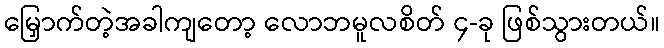
မြှောက်တဲ့အခါကျတော့ လောဘမူလစိတ် ၄-ခု ဖြစ်သွားတယ်။